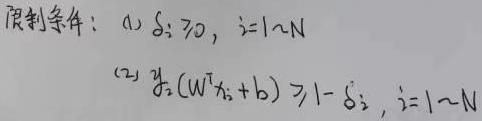
限制条件：(1) $\xi_i \geq 0, \ i = 1 \sim N$

(2) $y_i (W^T x_i + b) \geq 1 - \xi_i, \ i = 1 \sim N$